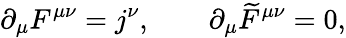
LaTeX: \partial_{\mu}F^{\mu\nu}=j^{\nu},\qquad\partial_{\mu}\widetilde{F}^{\mu\nu}=0,